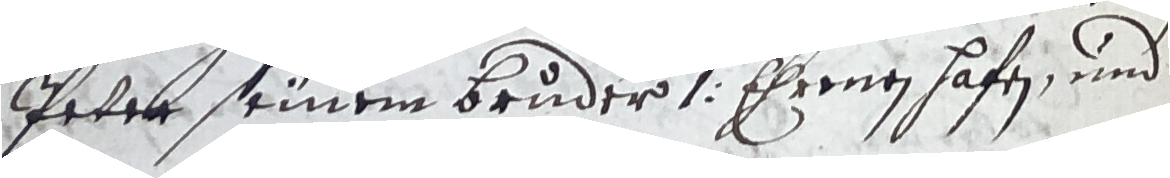
Peter seinem bruder 1 ehrenen hafen und